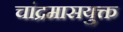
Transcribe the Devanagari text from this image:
चांद्रमासयुक्त